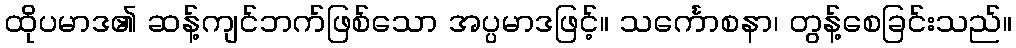
ထိုပမာဒ၏ ဆန့်ကျင်ဘက်ဖြစ်သော အပ္ပမာဒဖြင့်။ သင်္ကောစနာ၊ တွန့်စေခြင်းသည်။